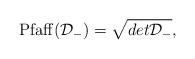
LaTeX: \begin{align*}{\rm Pfaff}({\cal D}_{-})=\sqrt{det{\cal D}_{-}},\end{align*}